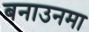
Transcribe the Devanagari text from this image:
बनाउनमा